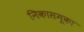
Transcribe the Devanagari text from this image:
निकासमूका